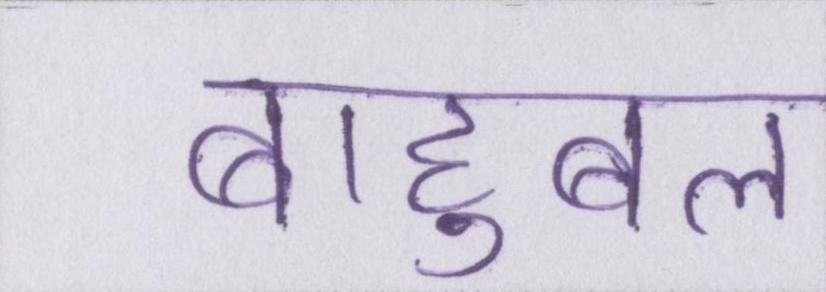
बाहुबल